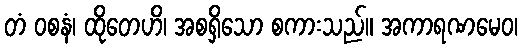
တံ ဝစနံ၊ ထိုတေဟိ၊ အစရှိသော စကားသည်။ အကာရဏမေဝ၊